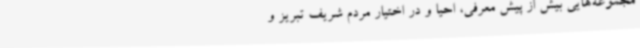
مجموعه‌هایی بیش از پیش معرفی، احیا و در اختیار مردم شریف تبریز و